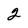
Character: 2